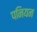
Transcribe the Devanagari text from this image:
पनियन